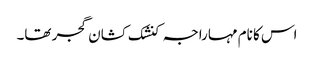
اس کا نام مہاراجہ کنشک کشان گجر تھا۔